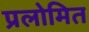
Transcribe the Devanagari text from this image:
प्रलोमित